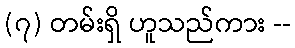
(၇) တမ်းရှိ ဟူသည်ကား --